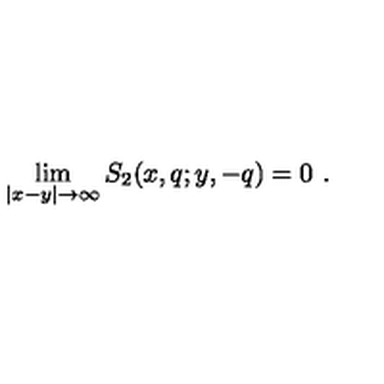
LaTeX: \lim _ { | x - y | \rightarrow \infty } S _ { 2 } ( x , q ; y , - q ) = 0 \ .